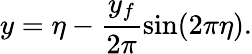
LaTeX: y=\eta-\frac{y_{f}}{2\pi}\sin(2\pi\eta).